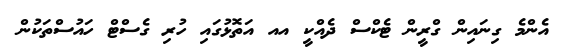
އެންމެ ގިނައިން ގްރީން ޓެކްސް ދެއްކީ އއ އަތޮޅުގައި ހުރި ގެސްޓް ހައުސްތަކުން